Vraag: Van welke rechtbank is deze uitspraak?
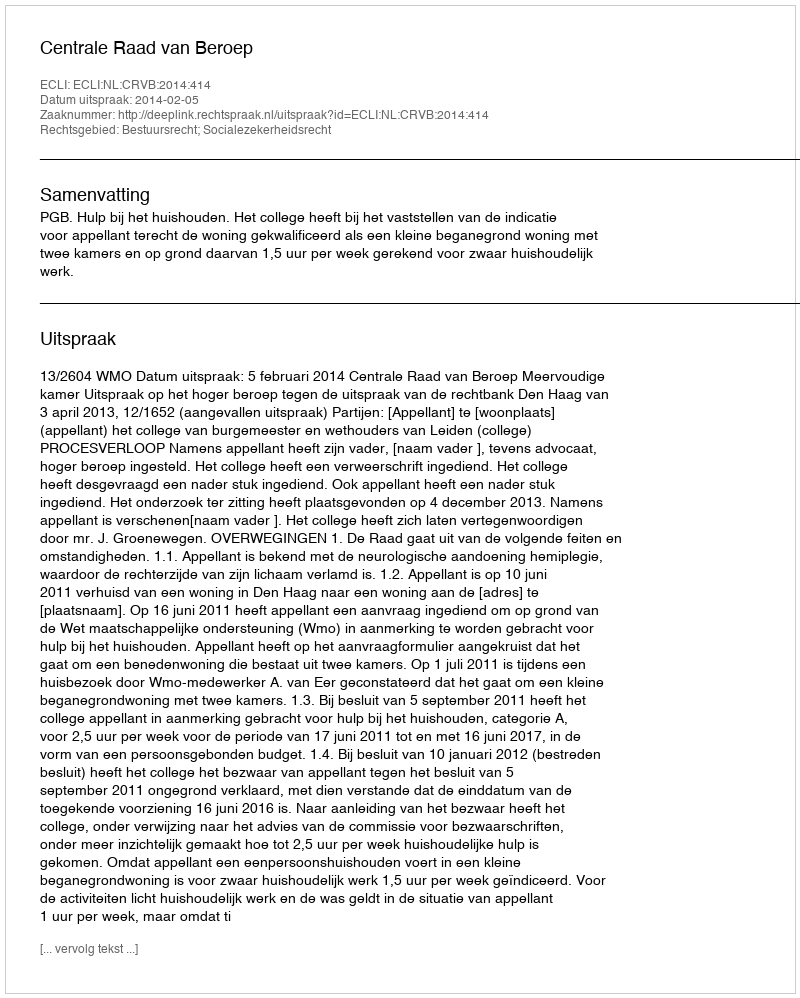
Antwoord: Centrale Raad van Beroep